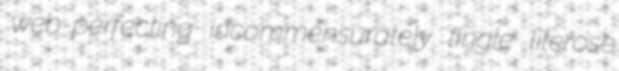
web-perfecting incommensurately tingle literose